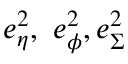
e _ { \eta } ^ { 2 } , \ e _ { \phi } ^ { 2 } , e _ { \Sigma } ^ { 2 }